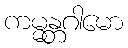
ကမ္မန္တဂါမော